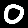
Digit: 0